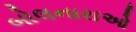
બોલનારાઓ